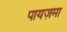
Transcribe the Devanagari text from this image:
पायज़मा